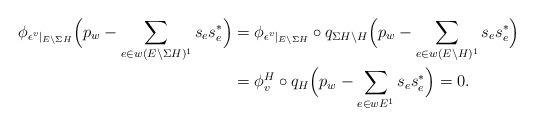
LaTeX: \begin{align*}\phi_{\epsilon^v|_{E \backslash \Sigma H}}\Big(p_w - \sum_{e \in w(E \backslash \Sigma H)^1} s_e s^*_e\Big)&= \phi_{\epsilon^v|_{E \backslash \Sigma H}} \circ q_{\Sigma H \backslash H} \Big(p_w - \sum_{e \in w(E \backslash H)^1} s_e s^*_e\Big) \\&= \phi^H_v \circ q_H\Big(p_w - \sum_{e \in wE^1} s_e s^*_e\Big) = 0. \end{align*}